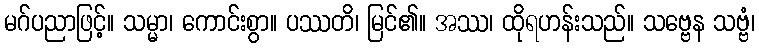
မဂ်ပညာဖြင့်။ သမ္မာ၊ ကောင်းစွာ။ ပဿတိ၊ မြင်၏။ အဿ၊ ထိုရဟန်းသည်။ သဗ္ဗေန သဗ္ဗံ၊